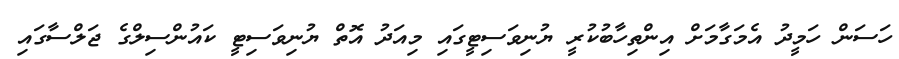
ހަސަން ހަމީދު އެމަގާމަށް އިންތިހާބުކުރީ ޔުނިވަސިޓީގައި މިއަދު އޮތް ޔުނިވަސިޓީ ކައުންސިލްގެ ޖަލްސާގައި